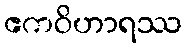
ဧကဝိဟာရဿ